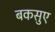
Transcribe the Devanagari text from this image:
बकसुए